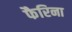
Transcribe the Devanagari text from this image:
फैरिना